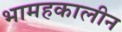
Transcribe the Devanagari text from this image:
भामहकालीन